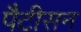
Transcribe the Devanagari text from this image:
पैटीसन